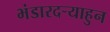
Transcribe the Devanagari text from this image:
भंडारदऱ्याहुन